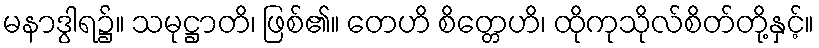
မနာဒွါရ၌။ သမုဋ္ဌာတိ၊ ဖြစ်၏။ တေဟိ စိတ္တေဟိ၊ ထိုကုသိုလ်စိတ်တို့နှင့်။